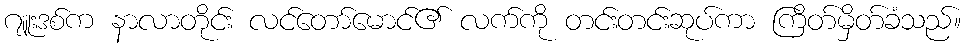
ဂျူးဒစ်က နာလာတိုင်း လင်တော်မောင်၏ လက်ကို တင်းတင်းဆုပ်ကာ ကြိတ်မှိတ်ခံသည်။